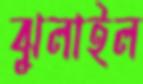
ঝুলাইল